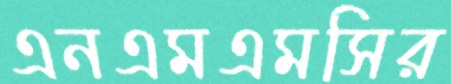
এনএমএমসির